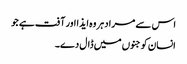
اس سے مراد ہر وہ ایذا اور آفت ہے جو
انسان کو جنوں میں ڈال دے۔